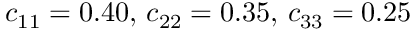
c _ { 1 1 } = 0 . 4 0 , \, c _ { 2 2 } = 0 . 3 5 , \, c _ { 3 3 } = 0 . 2 5